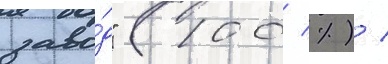
заво́д" (100 %) /